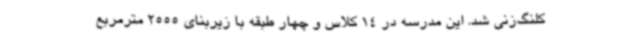
کلنگ‌زنی شد. این مدرسه در 14 کلاس و چهار طبقه با زیربنای 2555 مترمربع